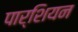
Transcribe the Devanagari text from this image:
पार्शियन